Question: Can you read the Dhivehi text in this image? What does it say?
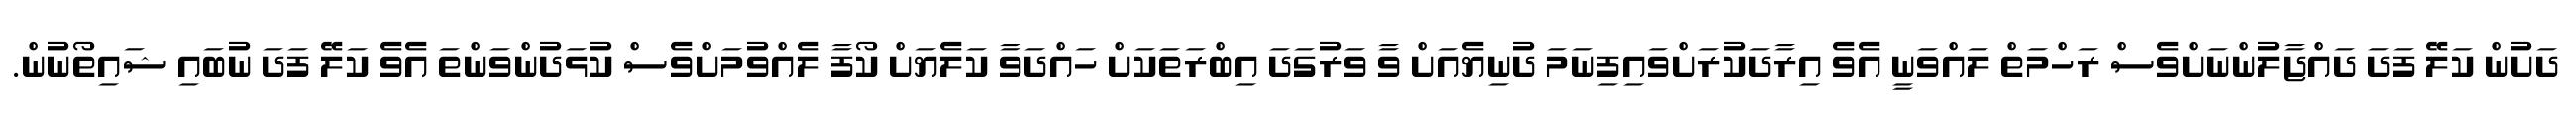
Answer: ދަށުން ކަލޭ ފަދަ ދައްޖާލުންނަށްވެސް ރަހްމަތް ލައްވަނީ އެވެ އިރާދަކުރަށްވައިފިނަމަ ދުނިޔެއަށް ވާ ވަރުގަދަ އިބްރަތަކަށް ހައްދަވާ ކަލެޔަށް ކޯފާ ލެއްވުމަށްވެސް ކުޅަދުންވަންތަ އެވެ ކަލޭ ފަދަ ނުބައި ޝައިތޯނުން.